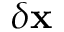
\delta \mathbf { x }